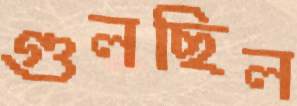
গুলছিল